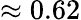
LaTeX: \approx 0.62